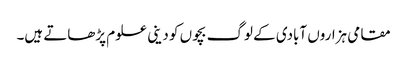
مقامی ہزاروں آبادی کے لوگ بچوں کو دینی علوم پڑھاتے ہیں۔